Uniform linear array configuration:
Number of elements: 64
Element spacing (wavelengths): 0.75
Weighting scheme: cosine
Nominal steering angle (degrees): -45
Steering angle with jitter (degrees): -45.346
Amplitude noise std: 0.05
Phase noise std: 0.05

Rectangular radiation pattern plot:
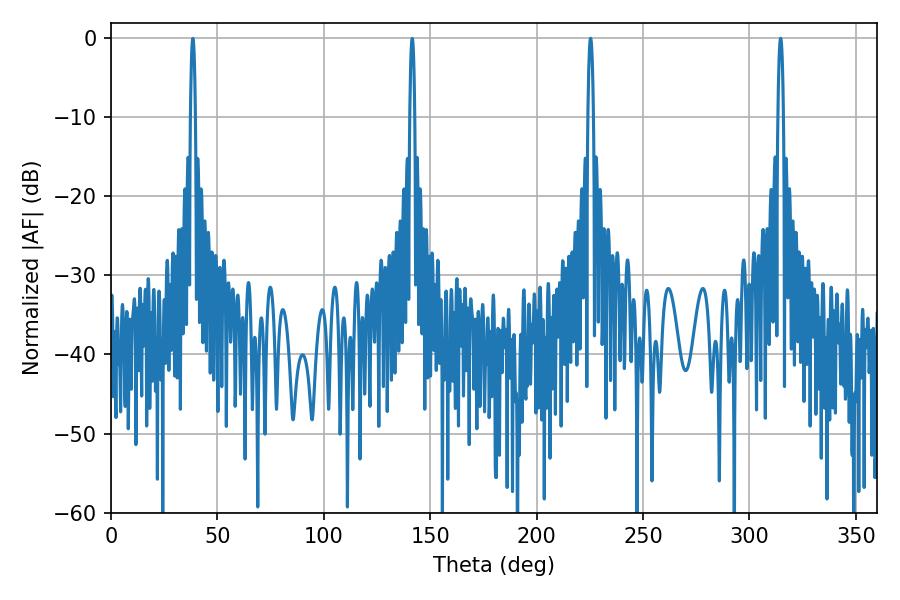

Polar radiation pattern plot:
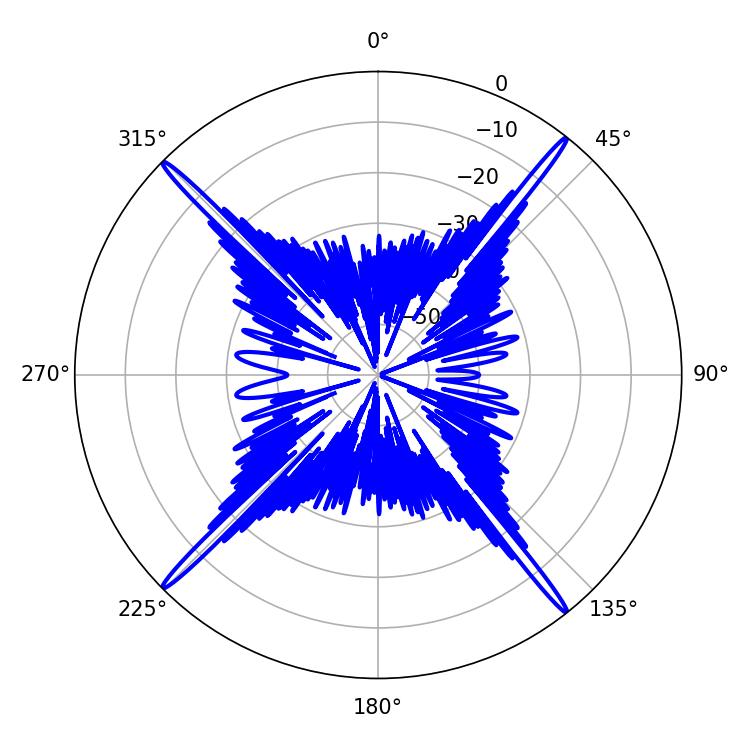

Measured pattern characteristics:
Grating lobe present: TRUE
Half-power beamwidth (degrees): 1.44
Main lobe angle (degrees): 225.36